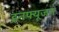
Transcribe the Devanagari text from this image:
इनफ्यूजन